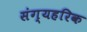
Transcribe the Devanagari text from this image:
संग्यहरिक